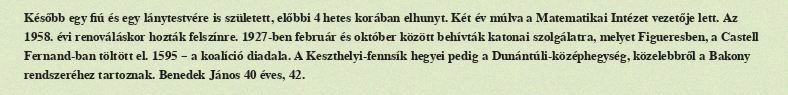
Később egy fiú és egy lánytestvére is született, előbbi 4 hetes korában elhunyt. Két év múlva a Matematikai Intézet vezetője lett. Az 1958. évi renováláskor hozták felszínre. 1927-ben február és október között behívták katonai szolgálatra, melyet Figueresben, a Castell Fernand-ban töltött el. 1595 – a koalíció diadala. A Keszthelyi-fennsík hegyei pedig a Dunántúli-középhegység, közelebbről a Bakony rendszeréhez tartoznak. Benedek János 40 éves, 42.